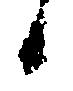
候